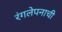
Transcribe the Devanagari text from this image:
रंगलेपनाची